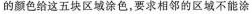
的颜色给这五块区域涂色，要求相邻的区域不能涂